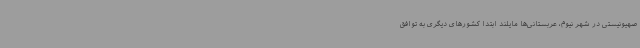
صهیونیستی در شهر نیوم، عربستانی‌ها مایلند ابتدا کشورهای دیگری به توافق